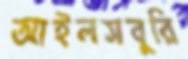
আইলসবুরি